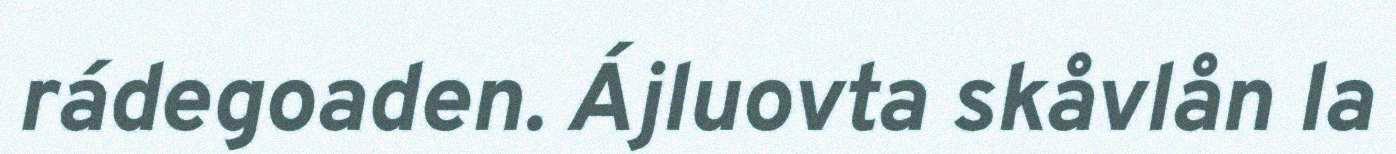
rádegoaden. Ájluovta skåvlån la